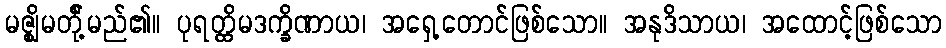
မဇ္ဈိမတို့်မည်၏။ ပုရတ္ထိမဒက္ခိဏာယ၊ အရှေ့တောင်ဖြစ်သော။ အနုဒိသာယ၊ အထောင့်ဖြစ်သော